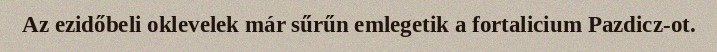
Az ezidőbeli oklevelek már sűrűn emlegetik a fortalicium Pazdicz-ot.